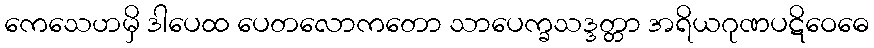
ကေသေဟမှိ ဒါပေထ ပေတလောကတော သာပေက္ခသဒ္ဒတ္တာ အရိယဂုဏပဋိဝေဓေ